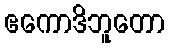
ဧကောဒိဘူတော